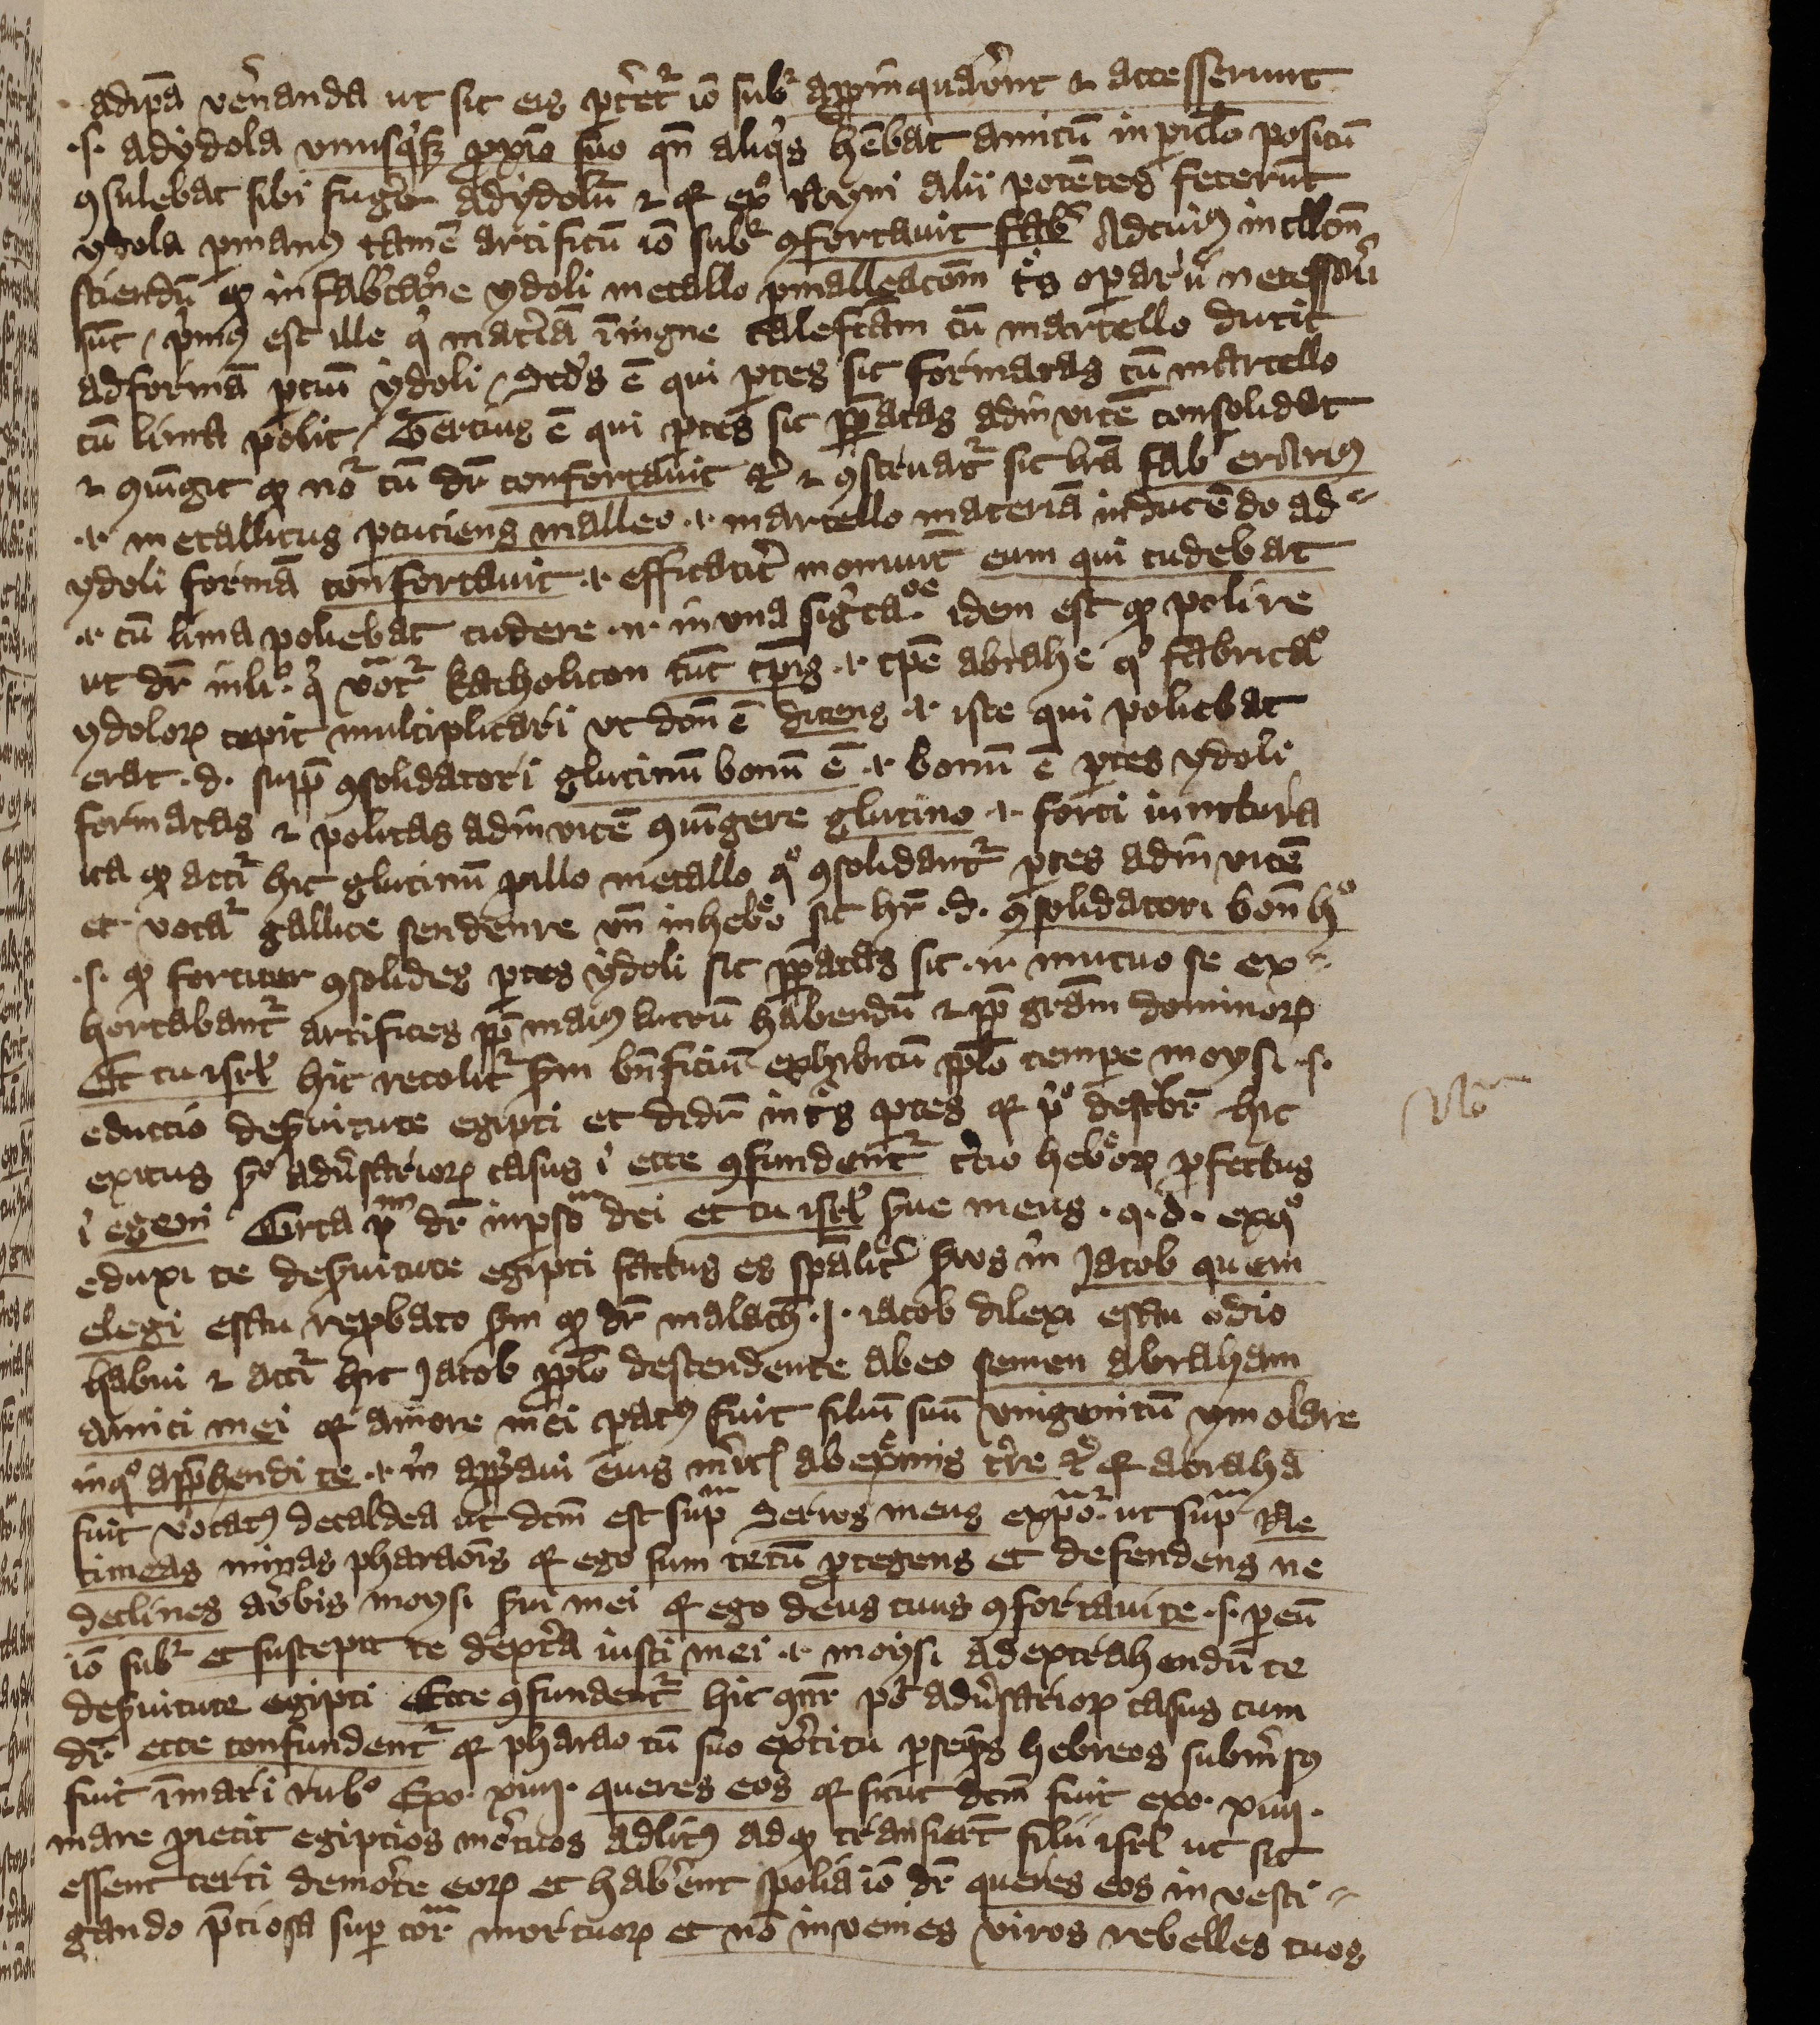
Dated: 1393–1396